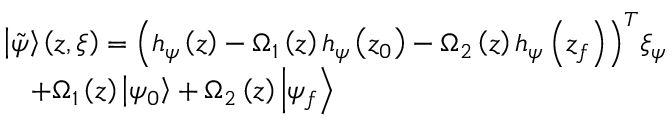
\begin{array} { r l } & { { \left| { \tilde { \psi } } \right\rangle } \left( z , \xi \right) = { { \left( { { h } _ { \psi } } \left( z \right) - { { \Omega } _ { 1 } } \left( z \right) { { h } _ { \psi } } \left( { { z } _ { 0 } } \right) - { { \Omega } _ { 2 } } \left( z \right) { { h } _ { \psi } } \left( { { z } _ { f } } \right) \right) } ^ { T } } { { \xi } _ { \psi } } } \\ & { \quad + { { \Omega } _ { 1 } } \left( z \right) { \left| { { \psi } _ { 0 } } \right\rangle } + { { \Omega } _ { 2 } } \left( z \right) { \left| { { \psi } _ { f } } \right\rangle } } \end{array}